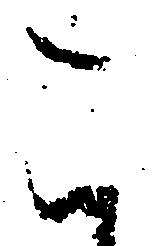
こ